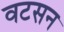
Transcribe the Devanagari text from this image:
वटसन